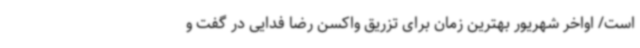
است/ اواخر شهریور بهترین زمان برای تزریق واکسن رضا فدایی در گفت و